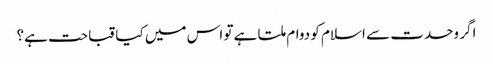
اگر وحدت سے اسلام کو دوام ملتا ہے تو اس میں کیا قباحت ہے؟